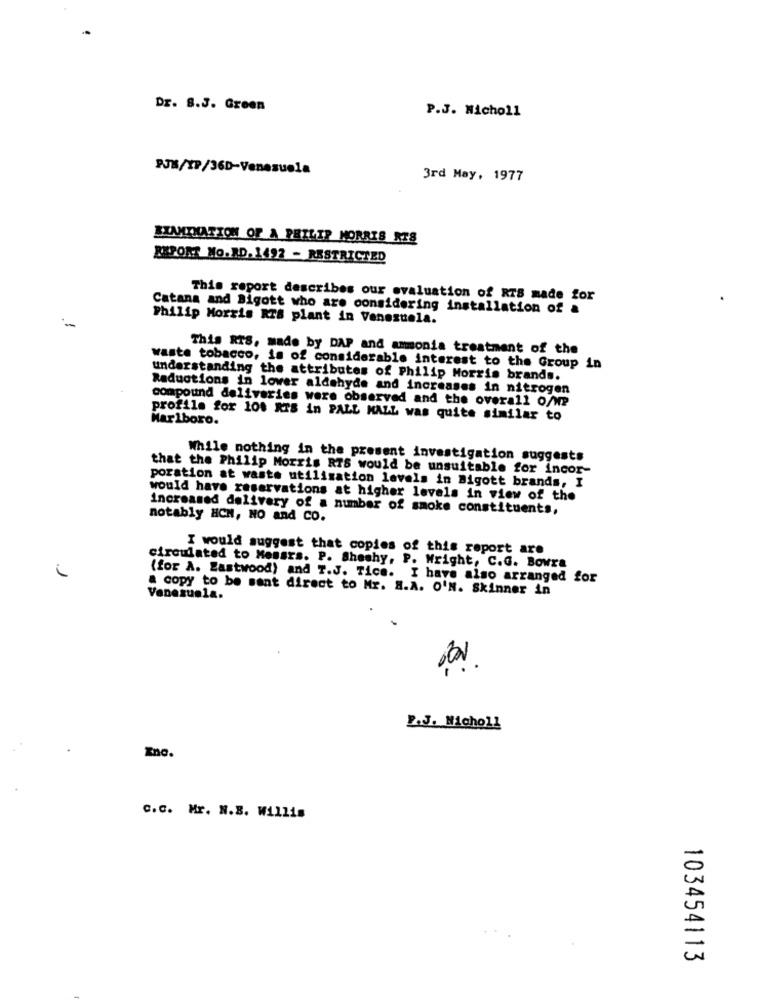
DE. S.J. Green
P.J. Nicholl
PJM/XP/36D-Venezuela
3rd May, 1977
BINMITHATION OF A PHILIP MORRIS RTS
REPORT Mo.XD. 1492 - RESTRICTED
This report describes our evaluation of RTS made for
Catana and Bigott who are considering installation of a
-
Philip Morris RTS plant in Venezuela.
This RIS, made by DAP and ammonia treatment of the
waste tobacco, is of considerable interest to the Group in
understanding the attributes of Philip Morris brands.
Raductions in lower aldehyde and increases in nitrogen
compound deliveries were observed and the overall o/ve
profile for 10% RTS in PALL MALL was quite similar to
Marlboro.
While nothing in the present investigation suggests
that the Philip Morris RTS would be unsuitable for incor-
poration at waste utilisation levels in Bigott brands, I
would have reservations at higher levels in view of the
increased delivery of a number of smoke constituents,
notably HCH, NO and CO.
I would suggest that copies of this report are
circulated to Memars. P. Sheshy, P. Wright, C.G. Bowra
(for A. Eastwood) and T.J. Tica. I have also arranged for
a copy to be sant direct to Mr. S.A. O'N. Skinner in
Venezuela.
P.J. Nicholl
Zno.
c.c. Mr. N.B. Willis
103454113